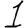
Digit: 1